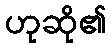
ဟုဆို၏